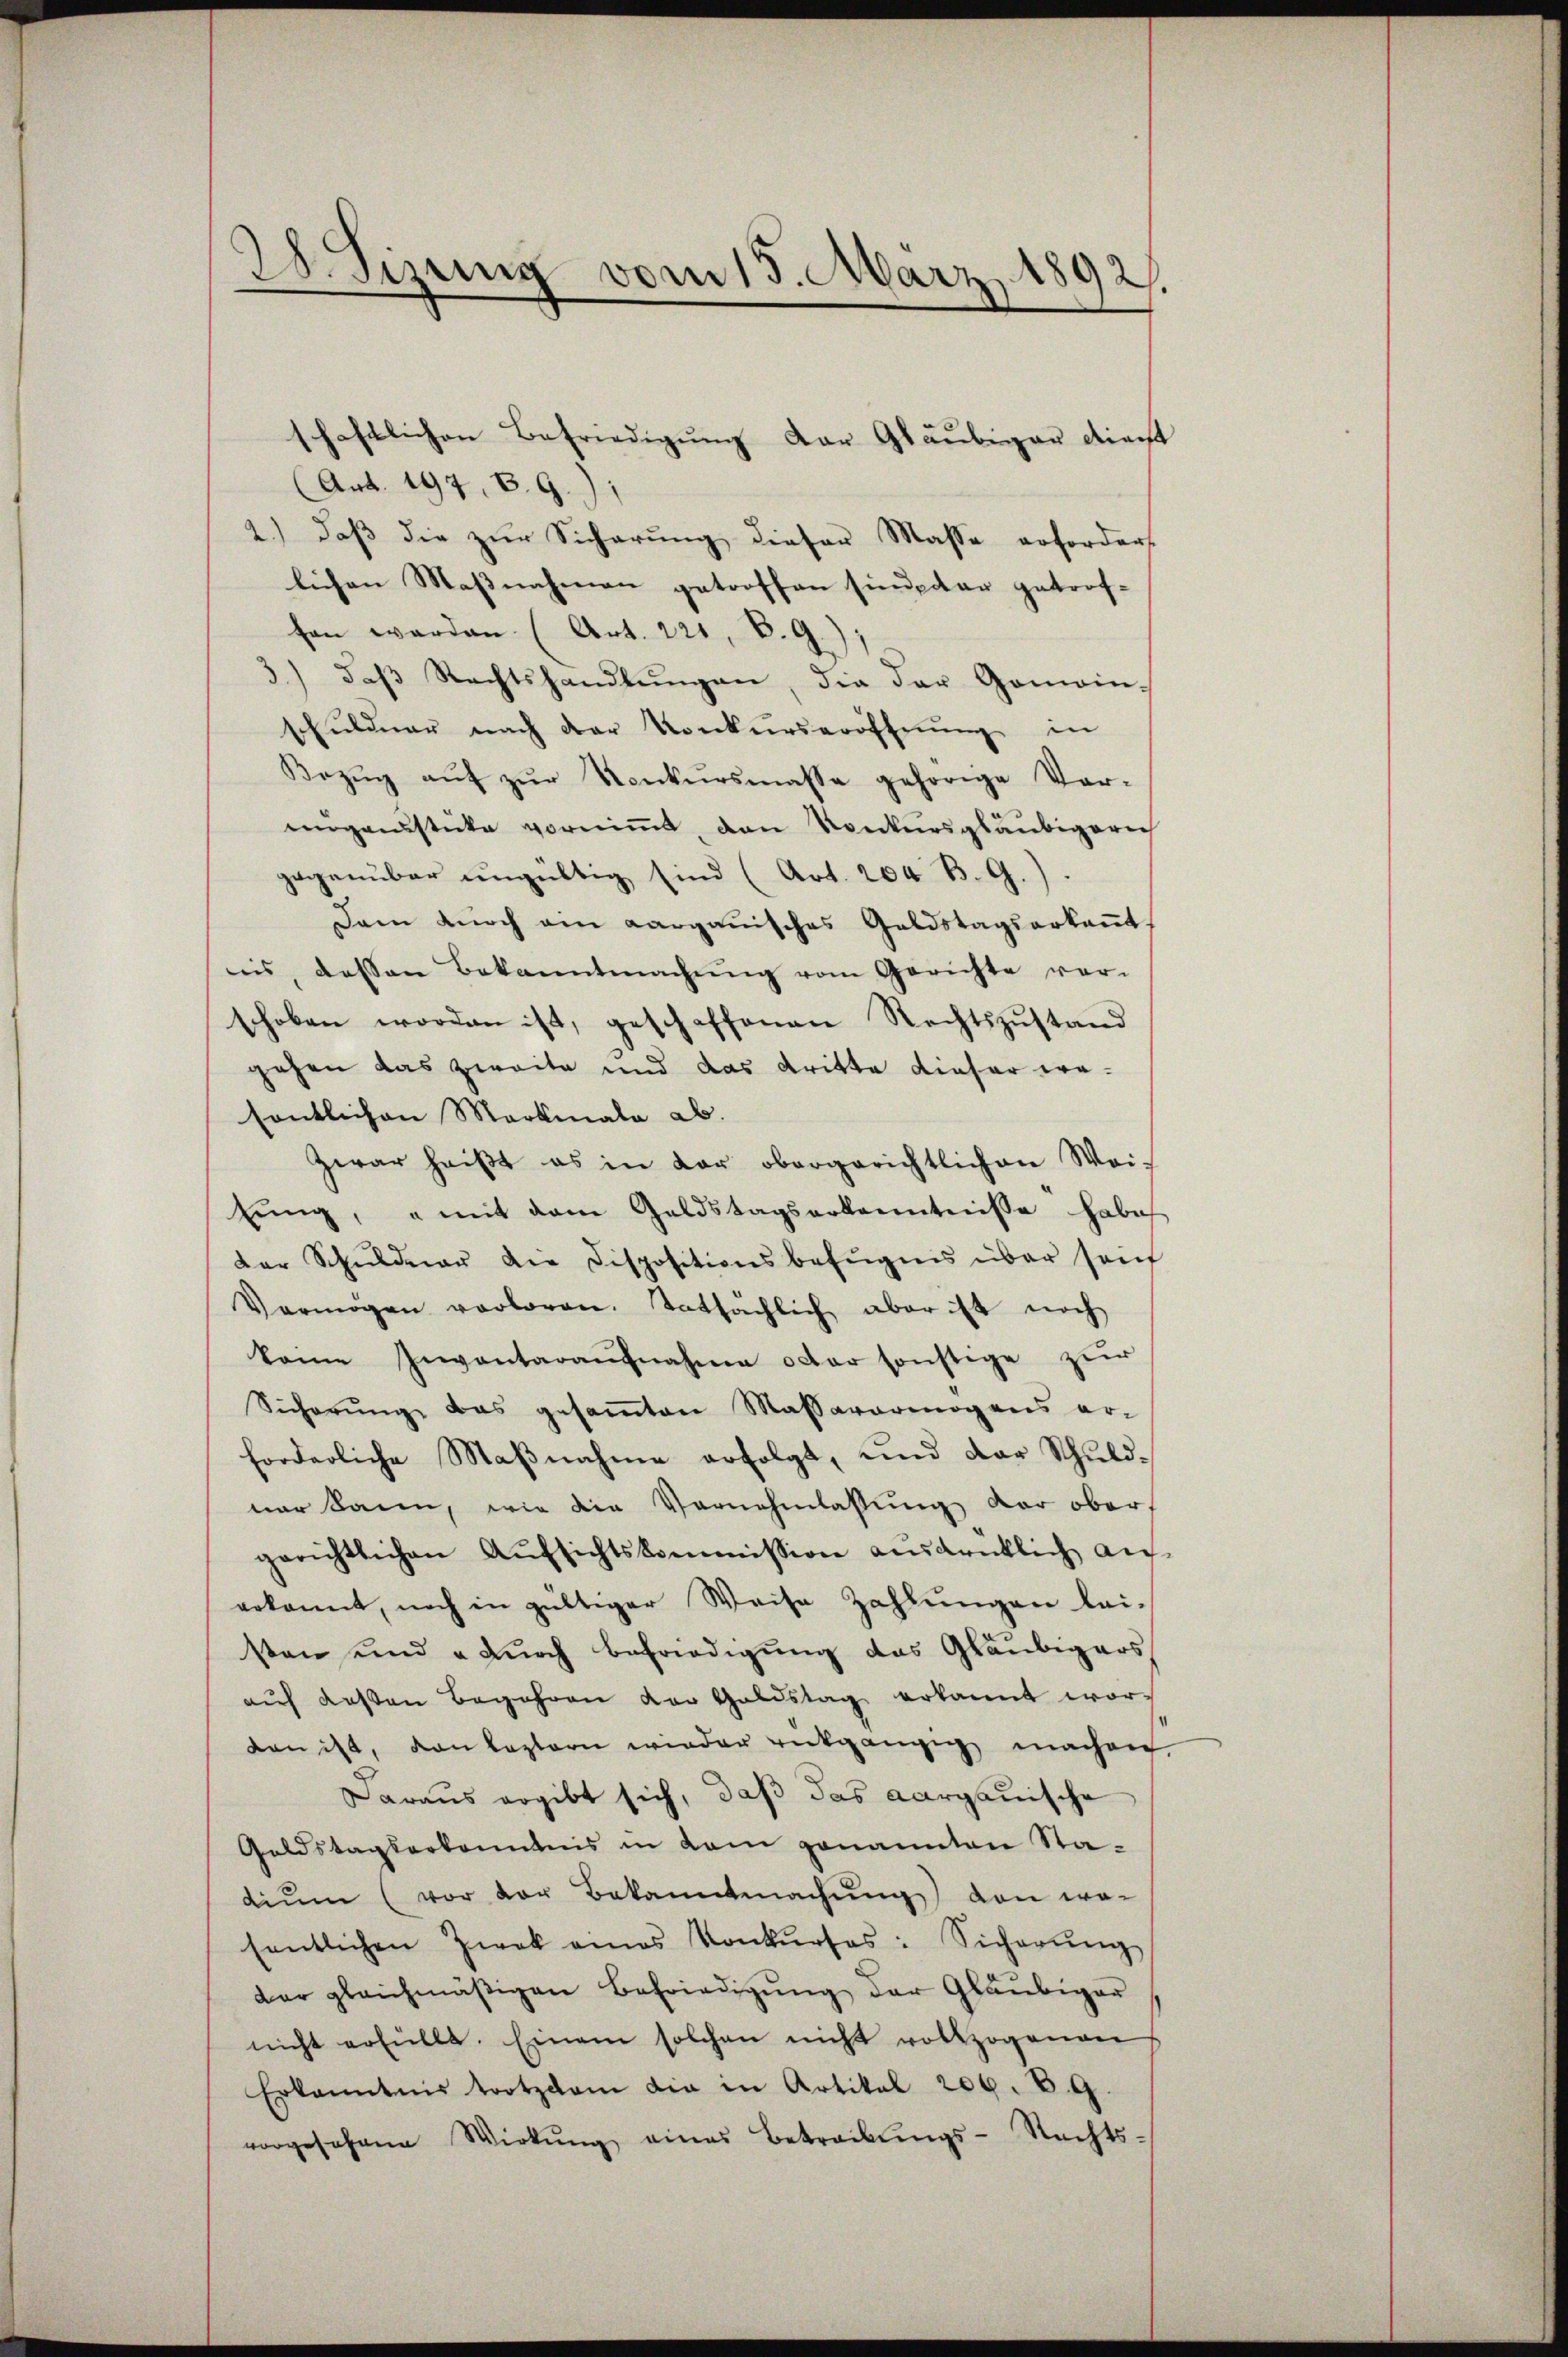
28. Sizung vom 15. März 1892.

schaftlichen Befriedigung der Gläubiger diecht
(Art. 197, 8. 9.)
2.) daß die zur Sicherung dieser Masse erfordert
lichen Massnahmen getroffen sind der getrof-
fen werden. (Art. 221, B. G.);
3.) daβ Rechtshandlŭngen, die der Gemein-
thŭldner nach der Konkŭrseröffnŭng in
Bezŭg aŭf zŭr Konkursmasse gehörige Ver-
erganstecke vorniṁt, den Konkursgläubigerich
gegenüber ŭngültig sind (Art. 204 B. G.).
Dann dŭrch ein Aarganisches Geldstagserkaṅt.
nis, dessen Bekanntmachŭng vom Gerichte vor-
schoben worden ist, geschaffenen Rechtszŭstand
gehen das zweite und das dritte dieser wesentlichen Markmale ab.
Zwar heißt es in der obergerichtlichen Wei¬
Eing, u mit dem Geldstagserkenntnisse habe
der Schuldner die Dispositionsbefugnis über seinh
Vermögen verloren. Tatsächlich aber ist noch
keine Inventaraŭfnahme oder sonstige zur
Sicherŭng das gesaṁten Massavermögens er-
forderliche Maβnahme erfolgt, und der Schŭld-
nur kann, wie die Vernehmlassung der ober
gerichtlichen Aŭfsichtskommission ausdenklich an-
erkannt, noch in gültiger Weise Zahlŭngen lei-
sten und durch Begnadigung das Gläubigers
aŭf dessen Begehren der Goldstag erkannt wordan ist, dan leztern wieder rückgängig machen.
Daraus ergibt sich, daß das Aargauische
Goldstagserkanntnis in dem genannten Sta-
diŭm (vor der Bekanntmachŭng von wo-
sentlichen Zwek eines Konkŭrses: Sicherŭng
dar gleichmäßigen Befriedigung der Gläubiger
nicht erfüllt. Einem solchen nicht vollzogenen
Erkanntnis trotzdem die in Artikel 200. d. 9.
vorgesehene Wirkŭng eines Betreibŭngs-Rechts-